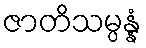
ဇာတိသမ္ပန္နံ